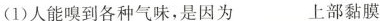
(1)人能嗅到各种气味，是因为____上部黏膜